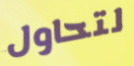
لتحاول